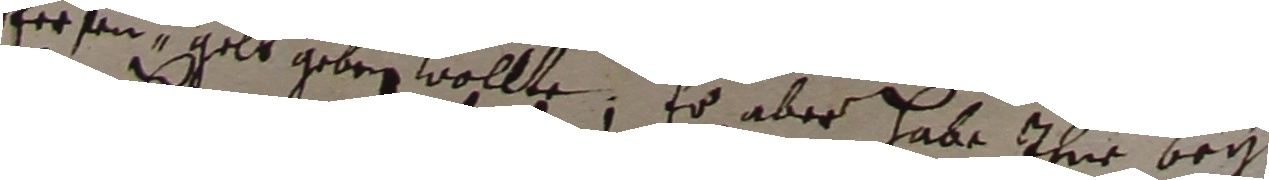
hersen, gelt geben wollte, Er aber habe ihne bei